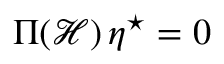
\Pi ( { \mathcal { H } } ) \, \eta ^ { \star } = 0